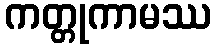
ကတ္တုကာမဿ